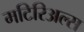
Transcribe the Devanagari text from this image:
मटिरिअल्स